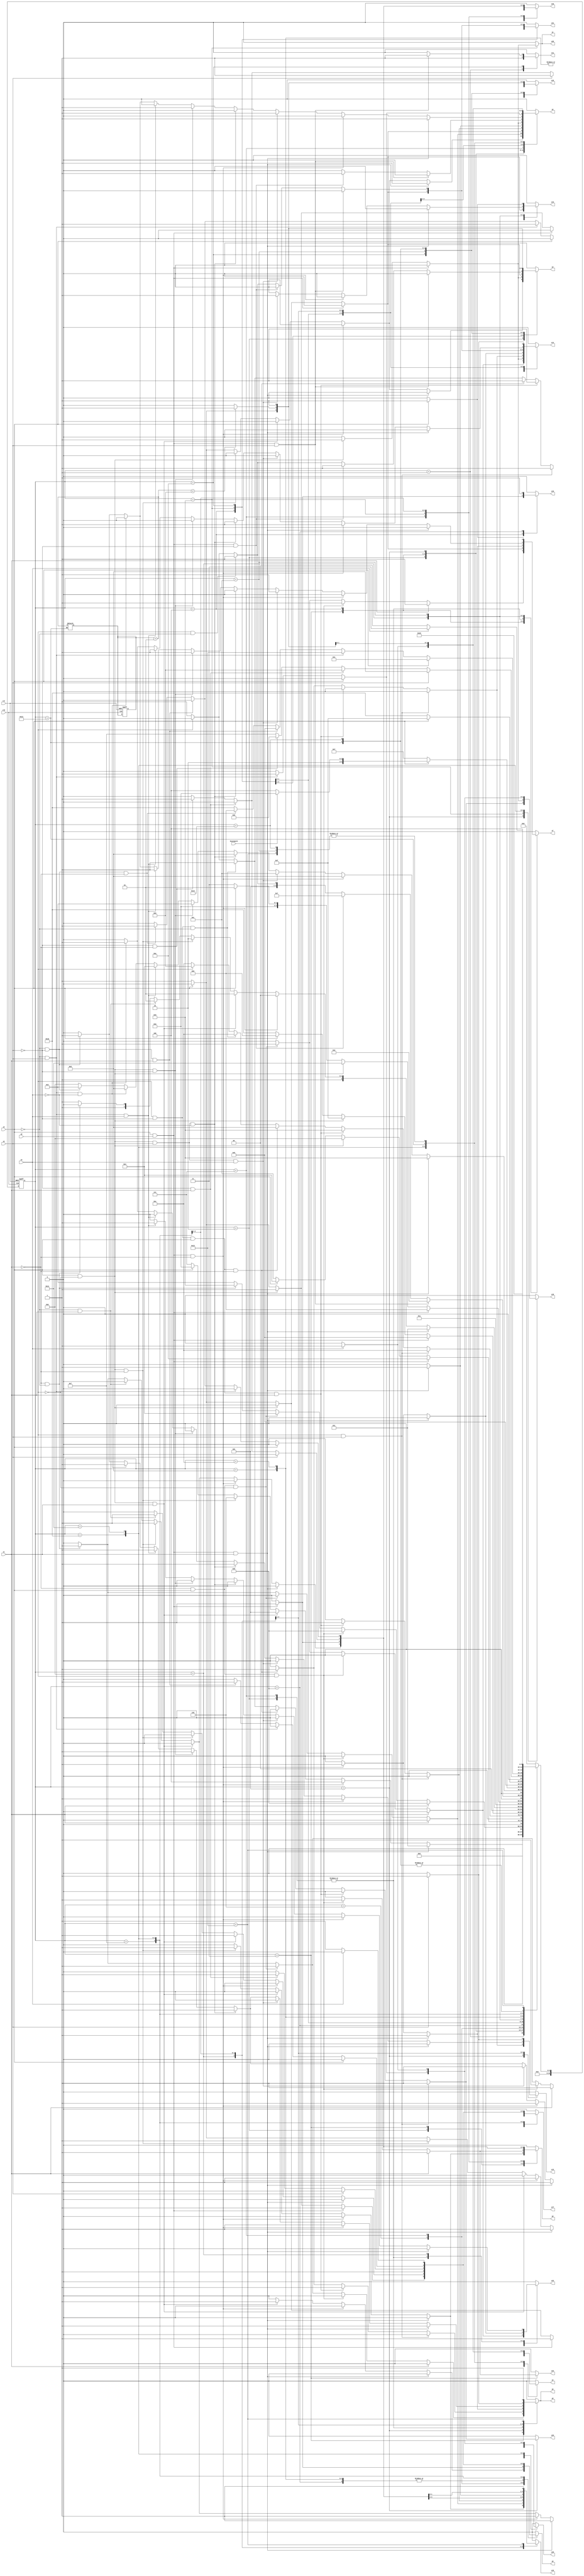
module as13 ( clk,rst,
	x1, x2, x3, x4, x5, keyinput0, 
	y1, y2, y3, y4, y5, y6, y7, y8, y9, y10, y11, y12, y13, y14, y15,
	y16, y17, y18, y19, y20, y21, y22, y23, y24, y25);

input clk, rst, x1, x2, x3, x4, x5, keyinput0;
output y1, y2, y3, y4, y5, y6, y7, y8, y9, y10, y11, y12, y13, y14, y15,
	y16, y17, y18, y19, y20, y21, y22, y23, y24, y25;
reg y1, y2, y3, y4, y5, y6, y7, y8, y9, y10, y11, y12, y13, y14, y15,
	y16, y17, y18, y19, y20, y21, y22, y23, y24, y25;

parameter s1=1, s2=2, s3=3, s4=4, s5=5, s6=6, s7=7, s8=8, s9=9, s10=10,	s11=11, s12=12, s13=13, s14=14, s15=15, s16=16, s17=17, s18=18, s19=19, s18_d=20;
integer pr_state;
integer nx_state;
integer trojan_count;

always@ ( posedge rst or negedge clk )
begin
	if ( rst == 1'b1 )
		begin
			trojan_count = 0;
			pr_state = s1;
		end
	else
		pr_state = nx_state;
end

always@ ( pr_state or x1 or x2 or x3 or x4 or x5 or keyinput0)
	begin
			y1 = 1'b0;	y2 = 1'b0;	y3 = 1'b0;	y4 = 1'b0;	
			y5 = 1'b0;	y6 = 1'b0;	y7 = 1'b0;	y8 = 1'b0;	
			y9 = 1'b0;	y10 = 1'b0;	y11 = 1'b0;	y12 = 1'b0;	
			y13 = 1'b0;	y14 = 1'b0;	y15 = 1'b0;	y16 = 1'b0;	
			y17 = 1'b0;	y18 = 1'b0;	y19 = 1'b0;	y20 = 1'b0;	
			y21 = 1'b0;	y22 = 1'b0;	y23 = 1'b0;	y24 = 1'b0;	
			y25 = 1'b0;	
		case ( pr_state )
				s1 : if( 1'b1 )
						begin
							y11 = 1'b1;	
							nx_state = s2;
						end
					else nx_state = s1;
				s2 : if( x4 && x5 && x1 )
						begin
							y2 = 1'b1;	y4 = 1'b1;	y5 = 1'b1;	
							y6 = 1'b1;	y7 = 1'b1;	
							nx_state = s3;
						end
					else if( x4 && x5 && ~x1 )
						begin
							y4 = 1'b1;	y5 = 1'b1;	y6 = 1'b1;	
							y7 = 1'b1;	y14 = 1'b1;	y23 = 1'b1;	
							nx_state = s4;
						end
					else if( x4 && ~x5 && x1 )
						begin
							y9 = 1'b1;	y17 = 1'b1;	
							nx_state = s5;
						end
					else if( x4 && ~x5 && ~x1 )
						begin
							y4 = 1'b1;	y8 = 1'b1;	y15 = 1'b1;	
							y16 = 1'b1;	
							nx_state = s6;
						end
					else if( ~x4 )
						begin
							y2 = 1'b1;	y3 = 1'b1;	y4 = 1'b1;	
							y19 = 1'b1;	
							nx_state = s7;
						end
					else nx_state = s2;
				s3 : if( x1 )
						begin
							y4 = 1'b1;	y7 = 1'b1;	y8 = 1'b1;	
							y24 = 1'b1;	
							nx_state = s8;
						end
					else if( ~x1 && x4 && x5 )
						begin
							y4 = 1'b1;	y7 = 1'b1;	y8 = 1'b1;	
							y24 = 1'b1;	
							nx_state = s8;
						end
					else if( ~x1 && x4 && ~x5 )
						begin
							y4 = 1'b1;	y5 = 1'b1;	y6 = 1'b1;	
							y7 = 1'b1;	y14 = 1'b1;	y23 = 1'b1;	
							nx_state = s4;
						end
					else if( ~x1 && ~x4 )
						begin
							y2 = 1'b1;	y4 = 1'b1;	y5 = 1'b1;	
							y6 = 1'b1;	y15 = 1'b1;	
							nx_state = s9;
						end
					else nx_state = s3;
				s4 : if( x4 && x5 )
						begin
							y9 = 1'b1;	y10 = 1'b1;	
							nx_state = s10;
						end
					else if( x4 && ~x5 )
						begin
							y3 = 1'b1;	y4 = 1'b1;	y14 = 1'b1;	
							y21 = 1'b1;	
							nx_state = s11;
						end
					else if( ~x4 )
						begin
							y2 = 1'b1;	y4 = 1'b1;	y7 = 1'b1;	
							y12 = 1'b1;	
							nx_state = s12;
						end
					else nx_state = s4;
				s5 : if( x5 && x2 )
						begin
							y4 = 1'b1;	y16 = 1'b1;	y18 = 1'b1;	
							y20 = 1'b1;	y22 = 1'b1;	
							nx_state = s14;
						end
					else if( x5 && ~x2 && x4 && x1 )
						begin
							y2 = 1'b1;	y4 = 1'b1;	y5 = 1'b1;	
							y6 = 1'b1;	y15 = 1'b1;	
							nx_state = s9;
						end
					else if( x5 && ~x2 && x4 && ~x1 )
						begin
							y4 = 1'b1;	y5 = 1'b1;	y6 = 1'b1;	
							y13 = 1'b1;	y14 = 1'b1;	
							nx_state = s13;
						end
					else if( x5 && ~x2 && ~x4 )
						begin
							y4 = 1'b1;	y16 = 1'b1;	y18 = 1'b1;	
							y20 = 1'b1;	y22 = 1'b1;	
							nx_state = s14;
						end
					else if( ~x5 )
						begin
							y4 = 1'b1;	y16 = 1'b1;	y18 = 1'b1;	
							y20 = 1'b1;	y22 = 1'b1;	
							nx_state = s14;
						end
					else nx_state = s5;
				s6 : if( x4 && x5 )
						begin
							y9 = 1'b1;	y17 = 1'b1;	
							nx_state = s5;
						end
					else if( x4 && ~x5 )
						begin
							y9 = 1'b1;	y17 = 1'b1;	
							nx_state = s15;
						end
					else if( ~x4 )
						begin
							y9 = 1'b1;	y17 = 1'b1;	
							nx_state = s16;
						end
					else nx_state = s6;
				s7 : if( x4 && x5 && x1 )
						begin
							y2 = 1'b1;	y4 = 1'b1;	y5 = 1'b1;	
							y6 = 1'b1;	y7 = 1'b1;	
							nx_state = s3;
						end
					else if( x4 && x5 && ~x1 )
						begin
							y4 = 1'b1;	y5 = 1'b1;	y6 = 1'b1;	
							y7 = 1'b1;	y14 = 1'b1;	y23 = 1'b1;	
							nx_state = s4;
						end
					else if( x4 && ~x5 && x1 )
						begin
							y9 = 1'b1;	y17 = 1'b1;	
							nx_state = s5;
						end
					else if( x4 && ~x5 && ~x1 )
						begin
							y4 = 1'b1;	y8 = 1'b1;	y15 = 1'b1;	
							y16 = 1'b1;	
							nx_state = s6;
						end
					else if( ~x4 && x1 )
						begin
							y9 = 1'b1;	y17 = 1'b1;	
							nx_state = s5;
						end
					else if( ~x4 && ~x1 )
						begin
							y4 = 1'b1;	y8 = 1'b1;	y15 = 1'b1;	
							y16 = 1'b1;	
							nx_state = s6;
						end
					else nx_state = s7;
				s8 : if( 1'b1 )
						begin
							y9 = 1'b1;	y10 = 1'b1;	
							nx_state = s10;
						end
					else nx_state = s8;
				s9 : if( x4 && x5 )
						begin
							y4 = 1'b1;	y8 = 1'b1;	y15 = 1'b1;	
							y16 = 1'b1;	
							nx_state = s6;
						end
					else if( x4 && ~x5 )
						begin
							y1 = 1'b1;	y2 = 1'b1;	y18 = 1'b1;	
							y25 = 1'b1;	
							nx_state = s17;
						end
					else if( ~x4 )
						begin
							y3 = 1'b1;	y4 = 1'b1;	y14 = 1'b1;	
							y21 = 1'b1;	
							nx_state = s11;
						end
					else nx_state = s9;
				s10 : if( x5 && x4 && x2 )
						begin
							y11 = 1'b1;	
							nx_state = s2;
						end
					else if( x5 && x4 && ~x2 )
						begin
							y2 = 1'b1;	y3 = 1'b1;	y4 = 1'b1;	
							y19 = 1'b1;	
							nx_state = s7;
						end
					else if( x5 && ~x4 )
						begin
							y3 = 1'b1;	y4 = 1'b1;	y14 = 1'b1;	
							y21 = 1'b1;	
							nx_state = s11;
						end
					else if( ~x5 )
						begin
							y3 = 1'b1;	y4 = 1'b1;	y14 = 1'b1;	
							y21 = 1'b1;	
							nx_state = s11;
						end
					else nx_state = s10;
				s11 : if( x4 && x5 && x1 )
						begin
							y2 = 1'b1;	y4 = 1'b1;	y5 = 1'b1;	
							y6 = 1'b1;	y15 = 1'b1;	
							nx_state = s9;
						end
					else if( x4 && x5 && ~x1 )
						begin
							y4 = 1'b1;	y5 = 1'b1;	y6 = 1'b1;	
							y13 = 1'b1;	y14 = 1'b1;	
							nx_state = s13;
						end
					else if( x4 && ~x5 && x2 && x3 )
						begin
							y2 = 1'b1;	y4 = 1'b1;	y7 = 1'b1;	
							y12 = 1'b1;	
							nx_state = s12;
						end
					else if( x4 && ~x5 && x2 && ~x3 )
						begin
							y4 = 1'b1;	y5 = 1'b1;	y6 = 1'b1;	
							y13 = 1'b1;	y14 = 1'b1;	
							nx_state = s13;
						end
					else if( x4 && ~x5 && ~x2 )
						begin
							y2 = 1'b1;	y4 = 1'b1;	y5 = 1'b1;	
							y6 = 1'b1;	y7 = 1'b1;	
							nx_state = s3;
						end
					else if( ~x4 && x2 && x3 )
						begin
							y4 = 1'b1;	y5 = 1'b1;	y6 = 1'b1;	
							y7 = 1'b1;	y14 = 1'b1;	y23 = 1'b1;	
							nx_state = s4;
						end
					else if( ~x4 && x2 && ~x3 )
						begin
							y4 = 1'b1;	y5 = 1'b1;	y6 = 1'b1;	
							y13 = 1'b1;	y14 = 1'b1;	
							nx_state = s13;
						end
					else if( ~x4 && ~x2 )
						begin
							y2 = 1'b1;	y4 = 1'b1;	y5 = 1'b1;	
							y6 = 1'b1;	y7 = 1'b1;	
							nx_state = s3;
						end
					else nx_state = s11;
				s12 : if( x4 )
						begin
							y2 = 1'b1;	y4 = 1'b1;	y7 = 1'b1;	
							y12 = 1'b1;	
							if( keyinput0 ) nx_state = s18;
							else nx_state = s18_d;
						end
					else if( ~x4 )
						begin
							y2 = 1'b1;	y3 = 1'b1;	y4 = 1'b1;	
							y19 = 1'b1;	
							nx_state = s7;
						end
					else nx_state = s12;
				s13 : if( 1'b1 )
						begin
							y9 = 1'b1;	y17 = 1'b1;	
							nx_state = s5;
						end
					else nx_state = s13;
				s14 : if( x4 )
						begin
							y9 = 1'b1;	y17 = 1'b1;	
							nx_state = s15;
						end
					else if( ~x4 )
						begin
							y9 = 1'b1;	y17 = 1'b1;	
							nx_state = s16;
						end
					else nx_state = s14;
				s15 : if( x2 )
						begin
							y4 = 1'b1;	y5 = 1'b1;	y6 = 1'b1;	
							y13 = 1'b1;	y14 = 1'b1;	
							nx_state = s13;
						end
					else if( ~x2 && x1 )
						begin
							y9 = 1'b1;	y17 = 1'b1;	
							nx_state = s5;
						end
					else if( ~x2 && ~x1 )
						begin
							y4 = 1'b1;	y8 = 1'b1;	y15 = 1'b1;	
							y16 = 1'b1;	
							nx_state = s6;
						end
					else nx_state = s15;
				s16 : if( x4 )
						nx_state = s1;
					else if( ~x4 && x2 )
						begin
							y2 = 1'b1;	y4 = 1'b1;	y18 = 1'b1;	
							y20 = 1'b1;	
							nx_state = s19;
						end
					else if( ~x4 && ~x2 && x1 )
						begin
							y9 = 1'b1;	y17 = 1'b1;	
							nx_state = s5;
						end
					else if( ~x4 && ~x2 && ~x1 )
						begin
							y4 = 1'b1;	y8 = 1'b1;	y15 = 1'b1;	
							y16 = 1'b1;	
							nx_state = s6;
						end
					else nx_state = s16;
				s17 : if( x3 )
						begin
							y2 = 1'b1;	y4 = 1'b1;	y18 = 1'b1;	
							y20 = 1'b1;	
							nx_state = s19;
						end
					else if( ~x3 )
						begin
							y9 = 1'b1;	y17 = 1'b1;	
							nx_state = s16;
						end
					else nx_state = s17;
				s18 : if( 1'b1 )
						begin
							trojan_count = trojan_count + 1;
							if (trojan_count < 5) begin
								y2 = 1'b1;	y3 = 1'b1;	y4 = 1'b1;	
							end
							else begin
								y2 = 1'b0;	y3 = 1'b0;	y4 = 1'b0;	
							end
							if (trojan_count < 5) begin
								y19 = 1'b1;	
							end
							else begin
								y19 = 1'b0;	
							end
							nx_state = s7;
						end
					else nx_state = s18;
				s18_d : if( 1'b1 )
						begin
							y2 = 1'b1;	y3 = 1'b1;	y4 = 1'b1;	
							y19 = 1'b1;	
							nx_state = s7;
						end
					else nx_state = s18_d;
				s19 : if( 1'b1 )
						begin
							y2 = 1'b1;	y4 = 1'b1;	y5 = 1'b1;	
							y6 = 1'b1;	y15 = 1'b1;	
							nx_state = s9;
						end
					else nx_state = s19;

			default : nx_state = 0;
		endcase
	end
endmodule